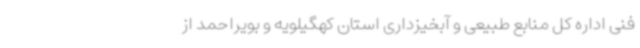
فنی اداره کل منابع طبیعی و آبخیزداری استان کهگیلویه و بویراحمد از